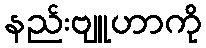
နည်းဗျူဟာကို